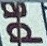
ad